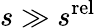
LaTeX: s\gg s^{\mathrm{rel}}